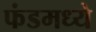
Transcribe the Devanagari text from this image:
फंडमध्ये